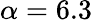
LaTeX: \alpha=6.3